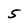
Character: 5